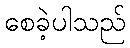
စေခဲ့ပါသည်